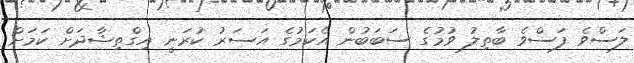
ލަސްވެ ފަސްވެ ބާތިލު ވުމުގެ ސަބަބުން އެކަމުގެ އަސަރު ކުރަނީ އިގްތިޝާދަށް ކަމަށް